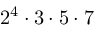
2 ^ { 4 } \cdot 3 \cdot 5 \cdot 7